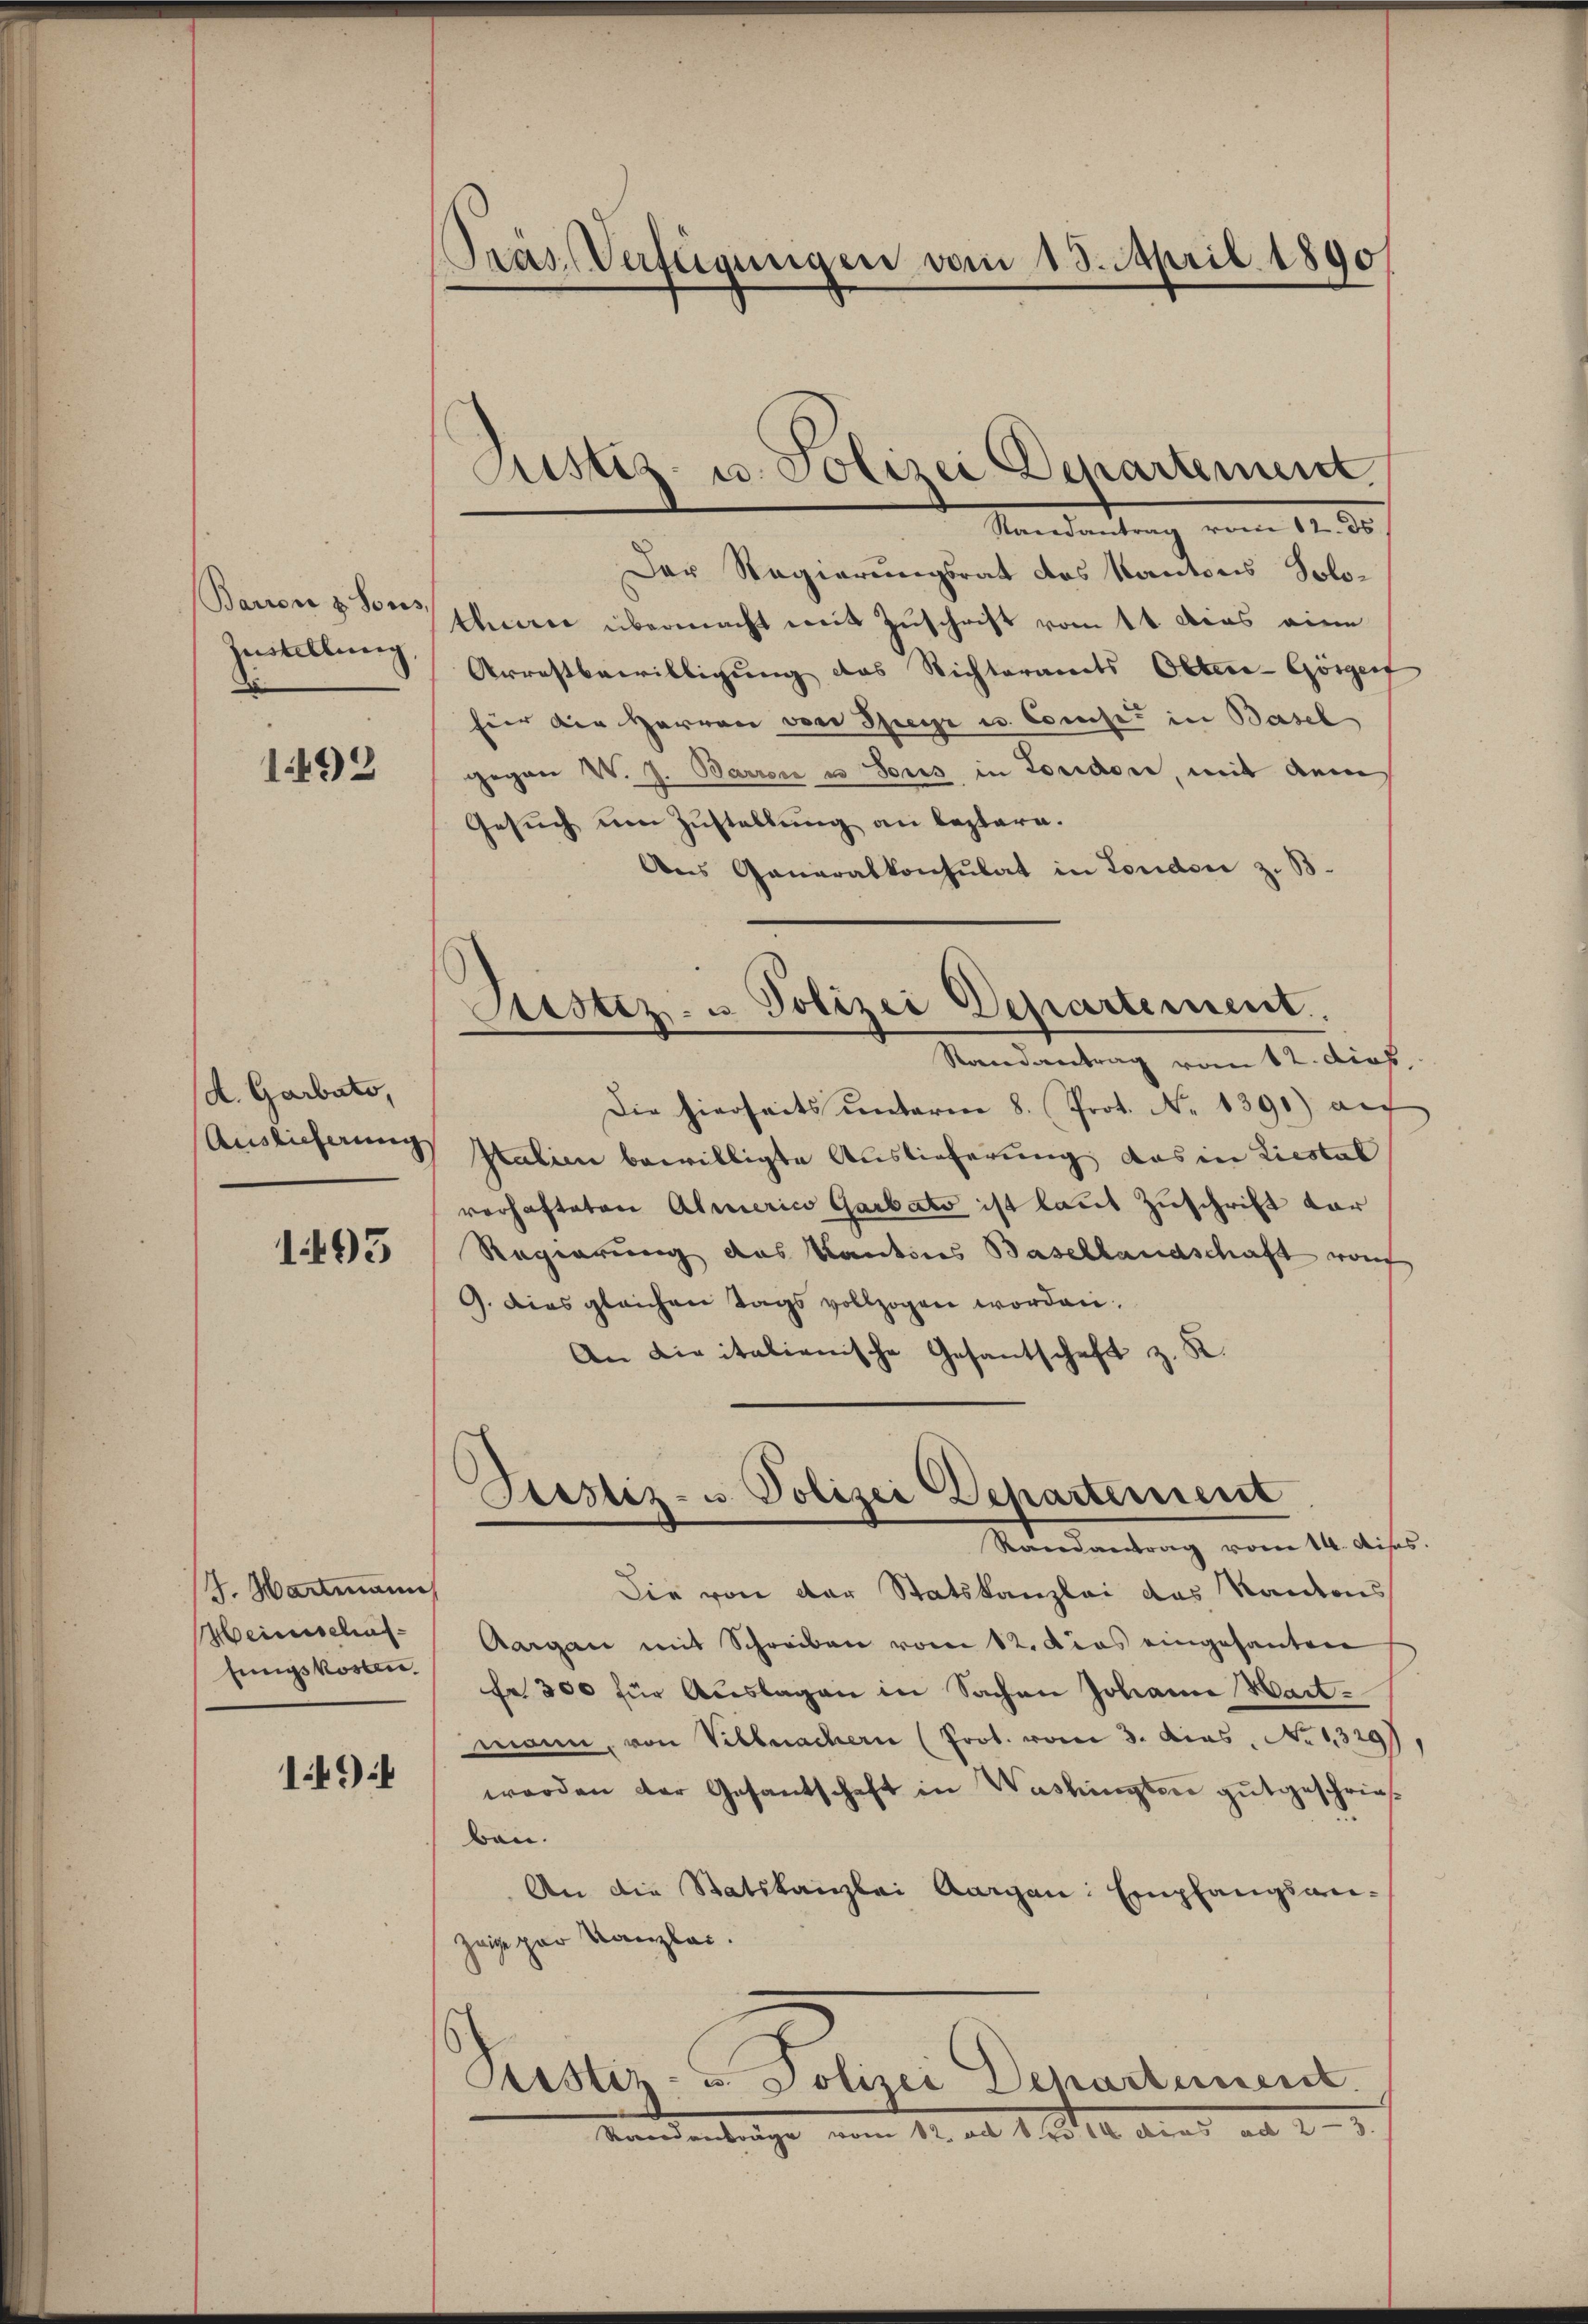
Barron & Sous,
Zustellung,

1492

d. Garbato,
Auslicherung

1493

J. Hartmann
Heinschaffungskosten.

1494

Pras Verfügungen vom 13. April 1890

Justiz- u. Polizei Departement

Randantrag vom 12. ds.
Der Regierungsrat des Kantons Solo-
thmen übermacht mit Zuschrift vom 1t dcos eine
Arrestbewilligung des Richteramts Ober-Gösger
für die Herren von Speise u. Comise in Basel
gegen W. J. Barron u sous in Londone, mit dem
Gesuch um Zustellung an leztere.
Aus Generalkonsulat in London z. B.
Astiz- u. Polizei Departement.
Randantrag vom 12. dies
Die hierseits ŭnterm 8. Prot. No 1390) auf
Italien bewilligte Auslieferung, das in Liestal
verhafteten Almerico Garbato ist laut Zuschrift dar
Regierung des Kantons Basellandschaft von
9. Dies gleichen Tags vollzogen worden.
An die italienische Gesantschaft z. K.

Piustiz- u. Polizei Departement
Mandantung vom 14. ds.

Die von der Statskanzlei das Kantons
Aargau mit Schreiben vom 12. Dies eingesantere
fe 300 für Auslagen in Sachen Johann Hart-
mann, von Villmachern (Prot. vom 3. Das No 13297,
worden der Gesantschaft in Washingten gutgeschrieb
bau.
An die Statskanzlei Aargau: Empfangsanzaige par Kanzler.
Prestiz- u Polizei Departement.
Mundentengen. ad 1. 14. dies